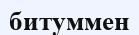
битуммен